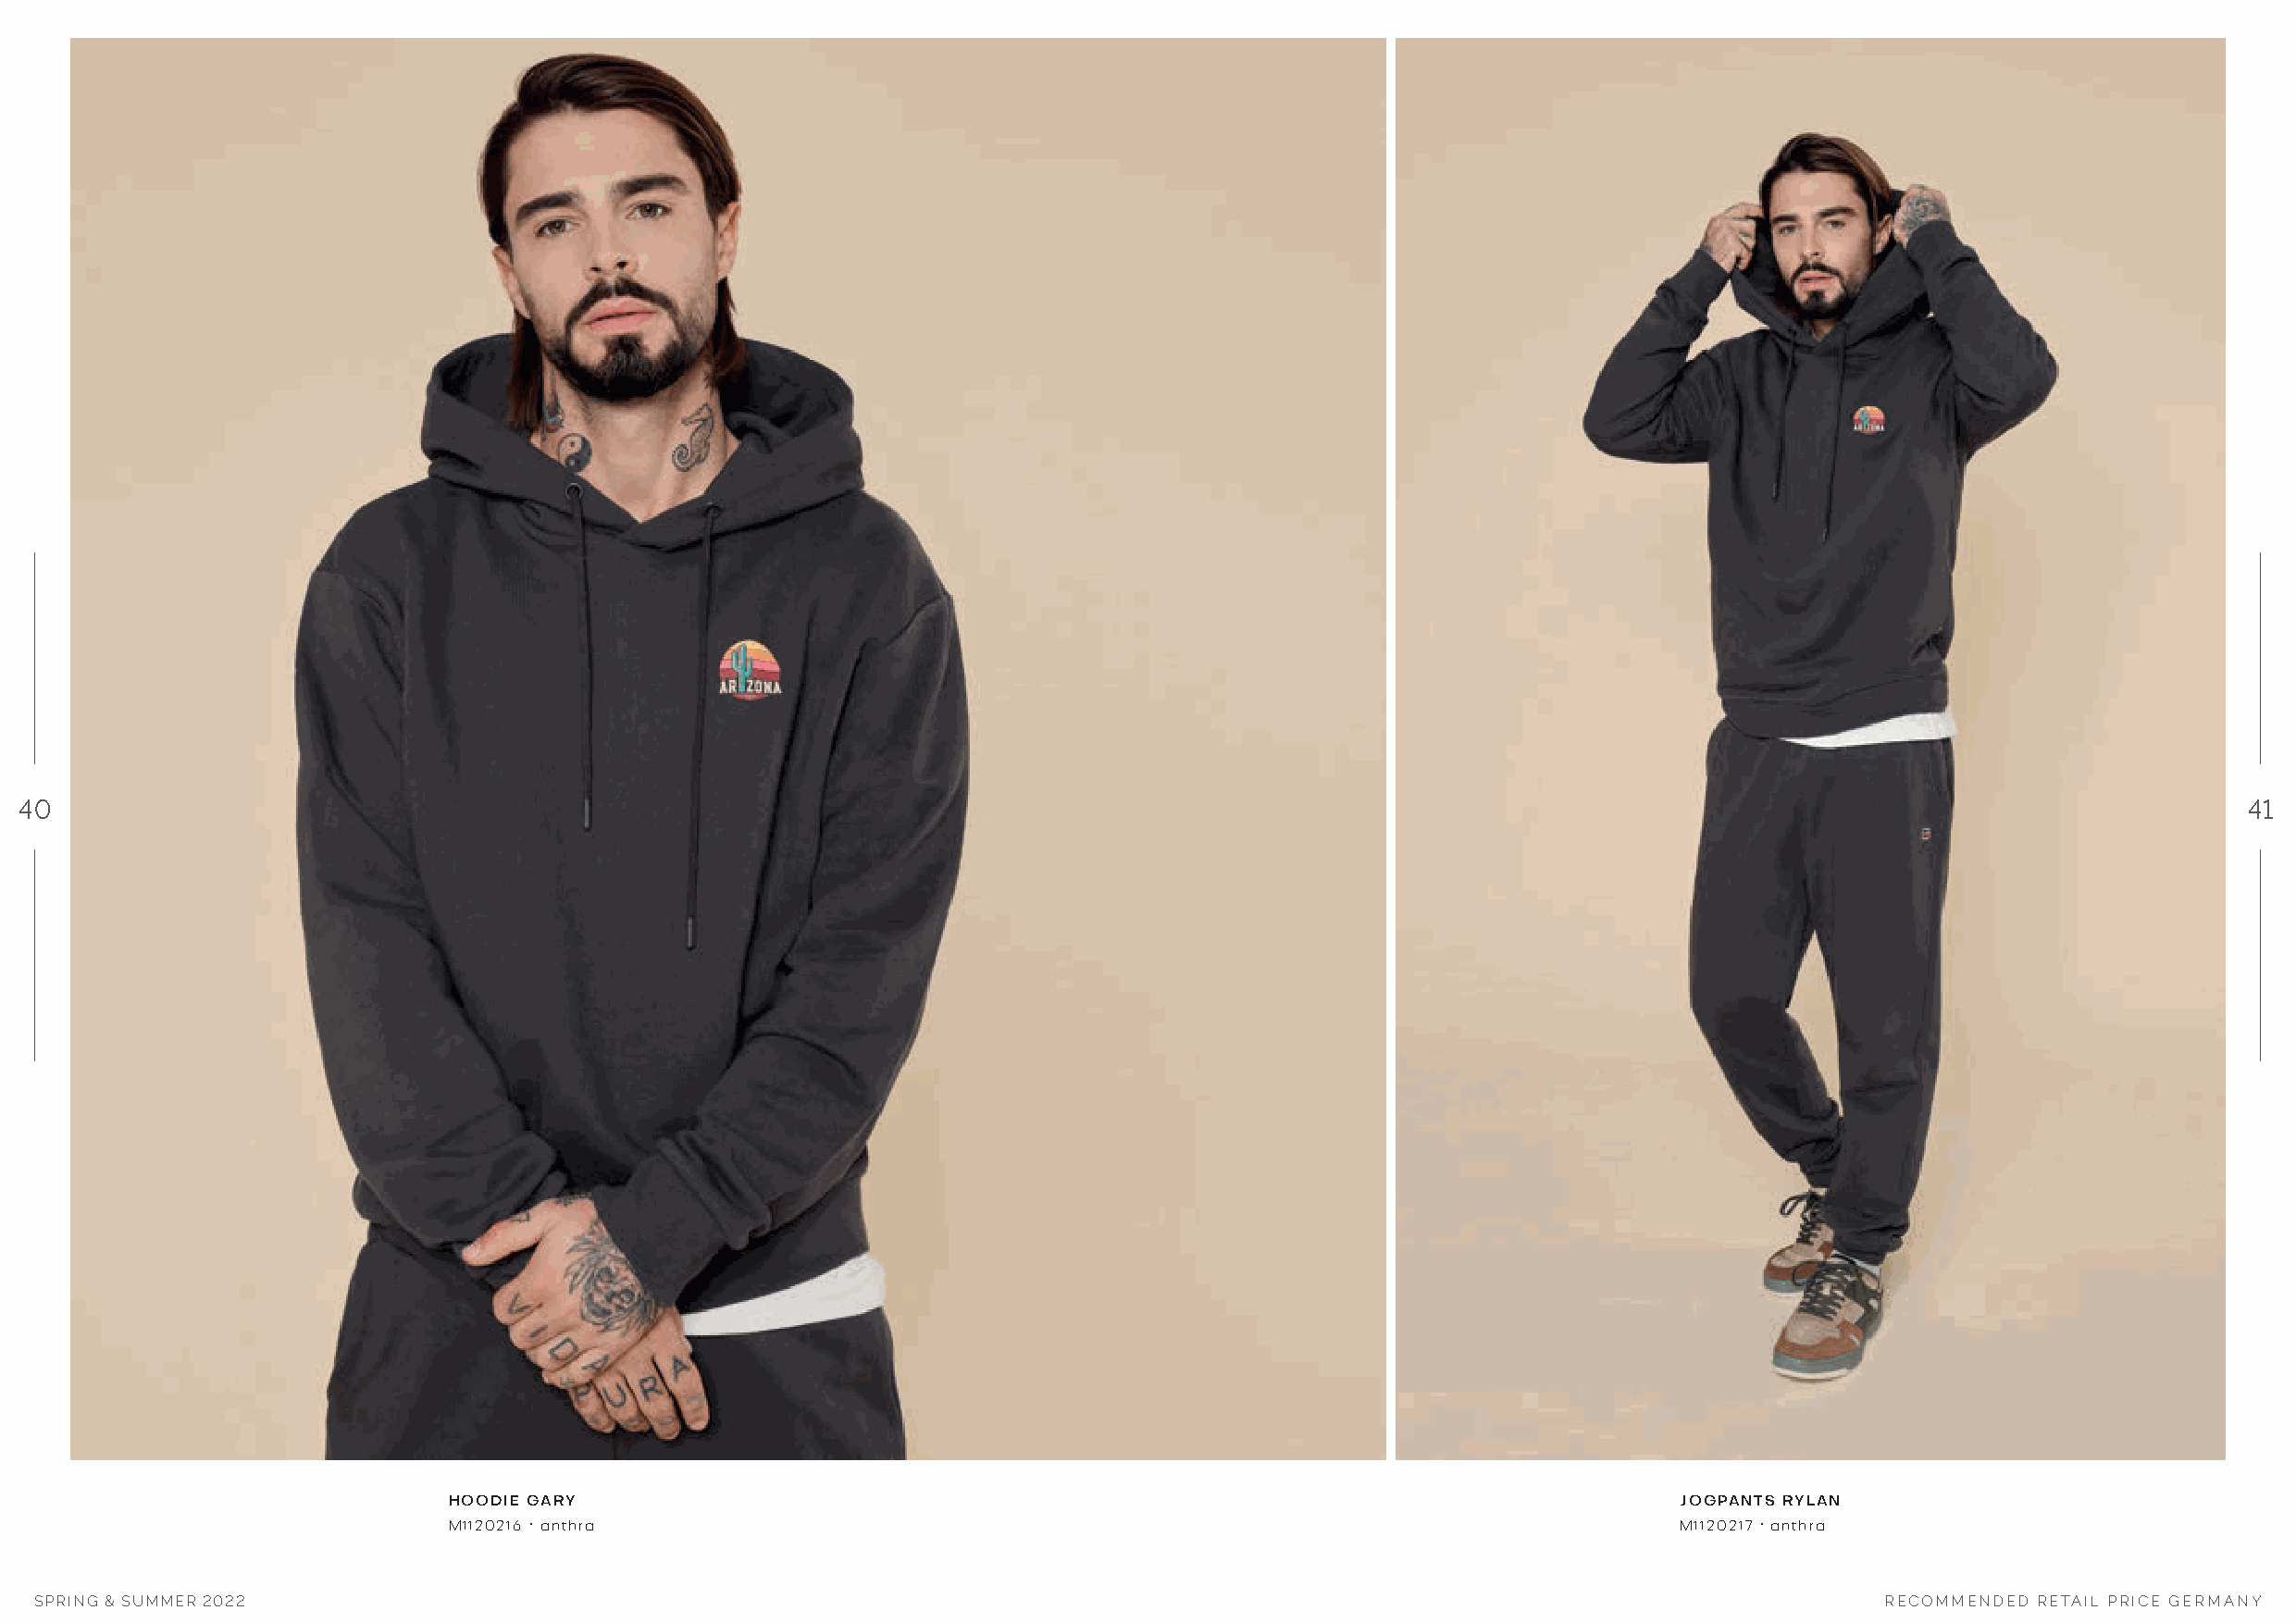
40                                                                                                                                                              41
 HOODIE GARY                                                                             JOGPANTS RYLAN
 M1120216 · anthra                                                                       M1120217 · anthra
 SPRING & SUMMER 2022                                                                                                                 RECOMMENDED RETAIL PRICE GERMANY